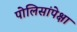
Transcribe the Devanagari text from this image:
पोलिसांपेक्षा